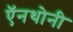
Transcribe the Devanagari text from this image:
ऍनथोनी